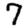
Digit: 7